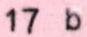
17 b